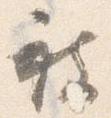
被